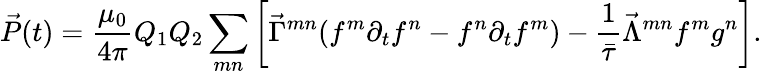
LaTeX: \vec{P}(t)=\frac{\mu_{0}}{4\pi}Q_{1}Q_{2}\sum_{mn}\left[\vec{\Gamma}^{mn}(f^{m}\partial_{t}f^{n}-f^{n}\partial_{t}f^{m})-\frac{1}{\bar{\tau}}\vec{\Lambda}^{mn}f^{m}g^{n}\right].